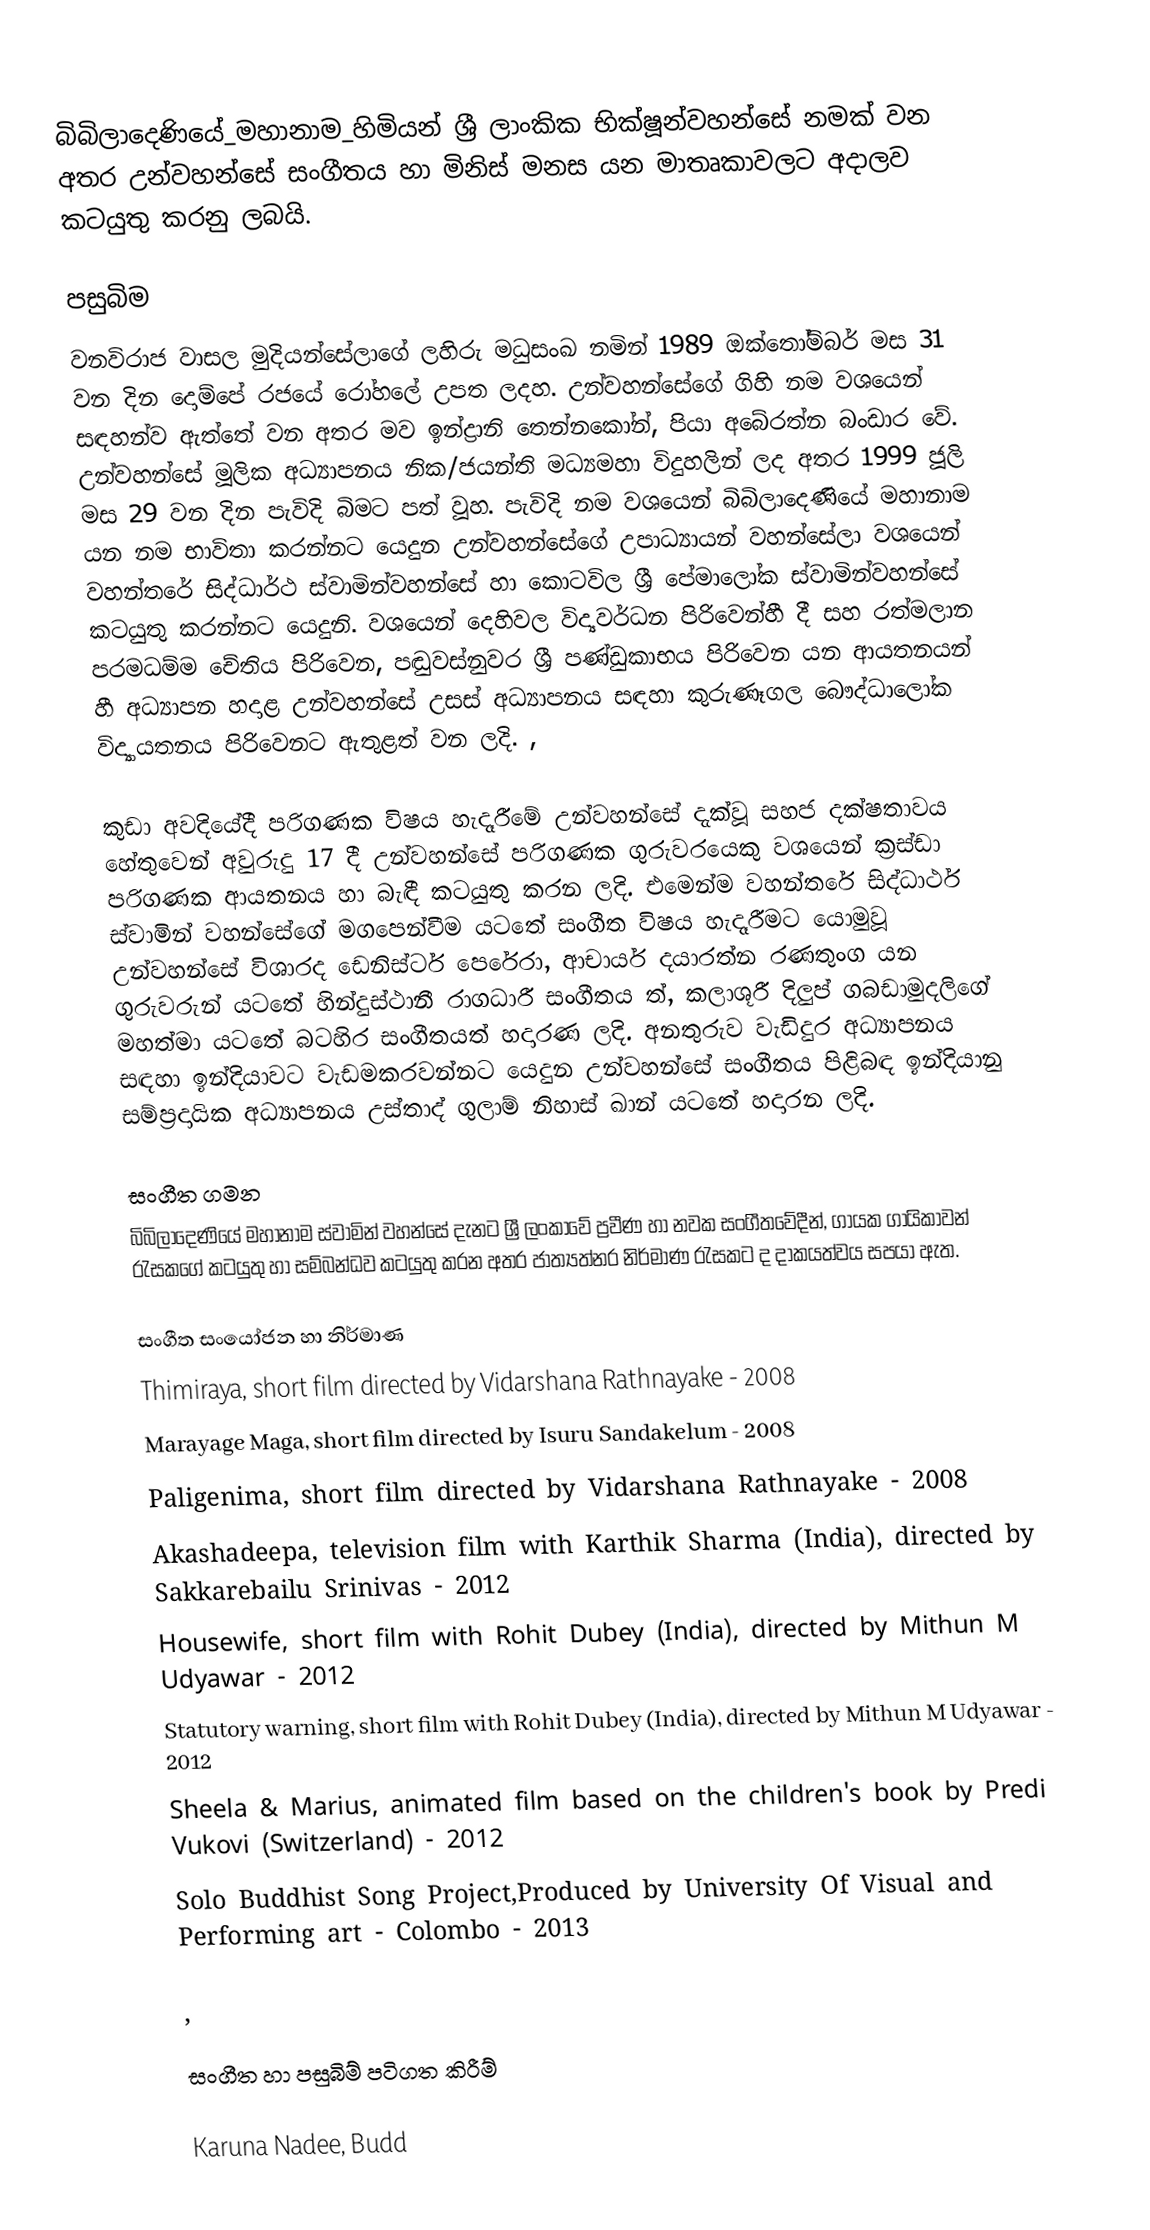
බිබිලාදෙණියේ_මහානාම_හිමියන් ශ්‍රී ලාංකික භික්ෂූන්වහන්සේ නමක් වන අතර උන්වහන්සේ සංගීතය හා මිනිස් මනස යන මාතෘකාවලට අදාලව කටයුතු කරනු ලබයි.

පසුබිම
වනවිරාජ වාසල මුදියන්සේලාගේ ලහිරු මධුසංඛ නමින් 1989 ඔක්තෝම්බර් මස 31 වන දින දොම්පේ රජයේ රෝහලේ උපත ලදහ. උන්වහන්සේගේ ගිහි නම වශයෙන් සඳහන්ව ඇත්තේ  වන අතර මව ඉන්ද්‍රානි තෙන්නකෝන්, පියා අබේරත්න බංඩාර වේ. උන්වහන්සේ මූලික අධ්‍යාපනය නික/ජයන්ති මධ්‍යමහා විදුහලින් ලද අතර 1999 ජූලි මස 29 වන දින පැවිදි බිමට පත් වූහ. පැවිදි නම වශයෙන් බිබිලාදෙණියේ මහානාම යන නම භාවිතා කරන්නට යෙදුන උන්වහන්සේගේ උපාධ්‍යායන් වහන්සේලා වශයෙන් වහන්තරේ සිද්ධාර්ථ ස්වාමින්වහන්සේ හා කොටවිල ශ්‍රී පේමාලෝක ස්වාමින්වහන්සේ කටයුතු කරන්නට යෙදුනි. වශයෙන් දෙහිවල විද්‍යවර්ධන පිරිවෙන්හී දී සහ රත්මලාන පරමධම්ම චේතිය පිරිවෙන, පඬුවස්නුවර ශ්‍රී පණ්ඩුකාභය පිරිවෙන යන ආයතනයන් හී අධ්‍යාපන හදාළ උන්වහන්සේ උසස් අධ්‍යාපනය සඳහා කුරුණෑගල බෞද්ධාලෝක විද්‍යායතනය පිරිවෙනට ඇතුළත් වන ලදි. ,

කුඩා අවදියේදී පරිගණක විෂය හැදෑරීමේ උන්වහන්සේ දැක්වූ සහජ දක්ෂතාවය හේතුවෙන්  අවුරුදු 17 දී උන්වහන්සේ පරිගණක ගුරුවරයෙකු වශයෙන් ක්‍රස්ඩා පරිගණක ආයතනය හා බැඳී කටයුතු කරන ලදි. එමෙන්ම වහන්තරේ සිද්ධාර්ථ ස්වාමින් වහන්සේගේ මගපෙන්වීම යටතේ සංගීත විෂය හැදෑරීමට යොමුවූ උන්වහන්සේ විශාරද ඩෙනිස්ටර් පෙරේරා, ආචාර්ය දයාරත්න රණතුංග යන ගුරුවරුන් යටතේ හින්දුස්ථානී රාගධාරී සංගීතය ත්, කලාශූරී දිලුප් ගබඩාමුදලිගේ මහත්මා යටතේ බටහිර සංගීතයත් හදාරණ ලදි. අනතුරුව වැඩිදුර අධ්‍යාපනය සඳහා ඉන්දියාවට වැඩමකරවන්නට යෙදුන උන්වහන්සේ සංගීතය පිළිබඳ ඉන්දියානු සම්ප්‍රදායික අධ්‍යාපනය උස්තාද් ගුලාම් නිහාස් ඛාන් යටතේ හදාරන ලදි.

සංගීත ගමන
බිබිලාදෙණියේ මහානාම ස්වාමින් වහන්සේ දැනට ශ්‍රී ලංකාවේ ප්‍රවීණ හා නවක සංගීතවේදීන්, ගායක ගායිකාවන් රැසකගේ කටයුතු හා සම්බන්ධව කටයුතු කරන අතර ජාත්‍යත්නර නිර්මාණ රැසකට ද දාකයත්වය සපයා ඇත.

සංගීත සංයෝජන හා නිර්මාණ
 Thimiraya, short film directed by Vidarshana Rathnayake - 2008
 Marayage Maga, short film directed by Isuru Sandakelum - 2008
 Paligenima, short film directed by Vidarshana Rathnayake - 2008
 Akashadeepa, television film with Karthik Sharma (India), directed by Sakkarebailu Srinivas - 2012
 Housewife, short film with Rohit Dubey (India), directed by Mithun M Udyawar - 2012
 Statutory warning, short film with Rohit Dubey (India), directed by Mithun M Udyawar - 2012
 Sheela & Marius, animated film based on the children's book by Predi Vukovi (Switzerland) -  2012
  Solo Buddhist Song Project,Produced by University Of Visual and Performing art - Colombo -  2013

,

සංගීත හා පසුබිම් පටිගත කිරීම්

 Karuna Nadee, Budd